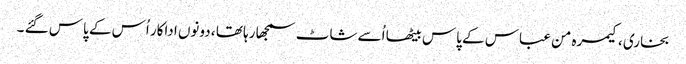
بخاری ، کیمرہ من عباس کے پاس بیٹھا اُسے شاٹ سمجھا رہا تھا ، دونوں اداکار اُس کے پاس گئے ۔